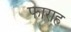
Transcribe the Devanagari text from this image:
फाराह